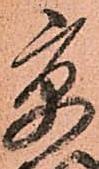
京